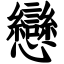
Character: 戀